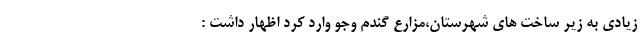
زیادی به زیر ساخت های شهرستان،مزارع گندم وجو وارد کرد اظهار داشت :